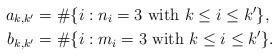
LaTeX: \begin{align*}a_{k,k^{\prime}} & =\#\{i:n_{i}=3 \mathrm{~with~ } k\leq i\leq k^{\prime}\},\\b_{k,k^{\prime}} & =\#\{i:m_{i}=3 \mathrm{~with~ } k\leq i\leq k^{\prime}\}.\end{align*}